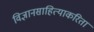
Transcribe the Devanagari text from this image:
विज्ञानसाहित्याकरिता